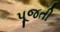
પૂજતી